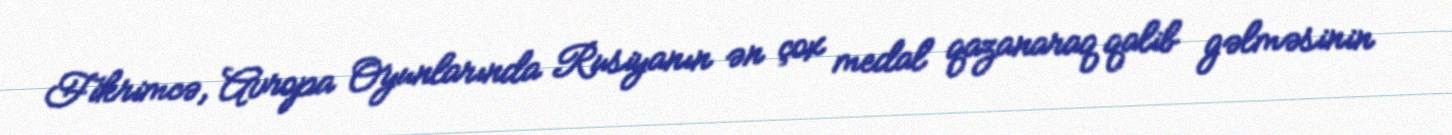
Fikrimcə, Avropa Oyunlarında Rusiyanın ən çox medal qazanaraq qalib gəlməsinin